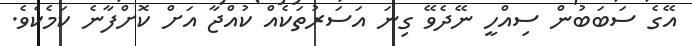
އޭގެ ސަބަބުން ސިއްހީ ނޭދެވޭ ގިނަ އަސަރުތަކެއް ކުއްޖާ އަށް ކޮށްފާނެ ކަމެކެވެ.